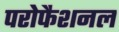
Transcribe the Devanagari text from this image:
परोफैशनल